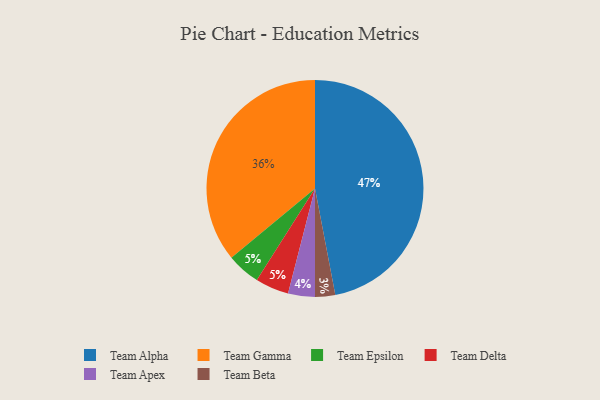
{"axis": {"x": "Category", "y": "Percentage"}, "legend": ["Team Alpha", "Team Apex", "Team Beta", "Team Delta", "Team Epsilon", "Team Gamma"], "data": [{"x": "Team Gamma", "y": 36, "type": "Team Gamma"}, {"x": "Team Apex", "y": 4, "type": "Team Apex"}, {"x": "Team Epsilon", "y": 5, "type": "Team Epsilon"}, {"x": "Team Delta", "y": 5, "type": "Team Delta"}, {"x": "Team Alpha", "y": 47, "type": "Team Alpha"}, {"x": "Team Beta", "y": 3, "type": "Team Beta"}]}